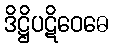
ဒိဋ္ဌိပဋိဝေဓေ